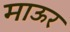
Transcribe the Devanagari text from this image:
माऊर